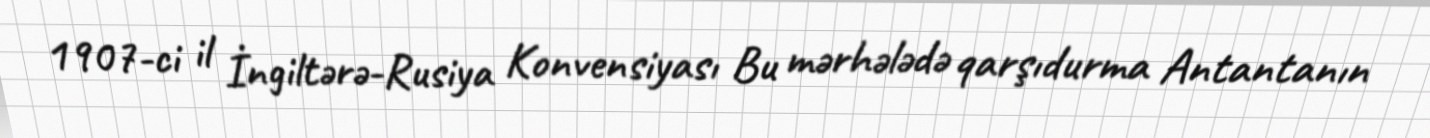
1907-ci il İngiltərə-Rusiya Konvensiyası Bu mərhələdə qarşıdurma Antantanın